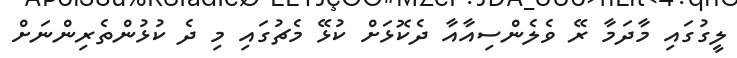
ލީގުގައި މާދަމާ ރޭ ވެލެންސިއާއާ ދެކޮޅަށް ކުޅޭ މެޗުގައި މި ދެ ކުޅުންތެރިންނަށް